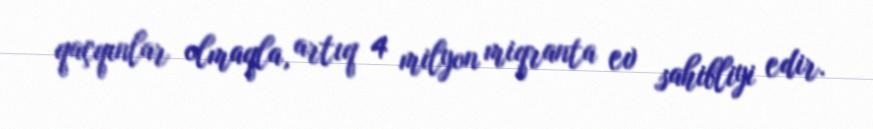
qaçqınlar olmaqla, artıq 4 milyon miqranta ev sahibliyi edir.